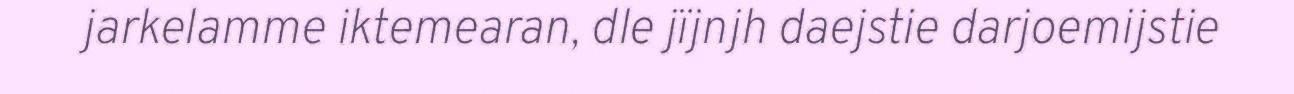
jarkelamme iktemearan, dle jïjnjh daejstie darjoemijstie